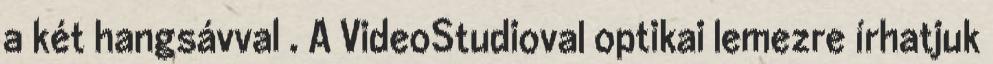
a két hangsávval . A VideoStudioval optikai lemezre írhatjuk